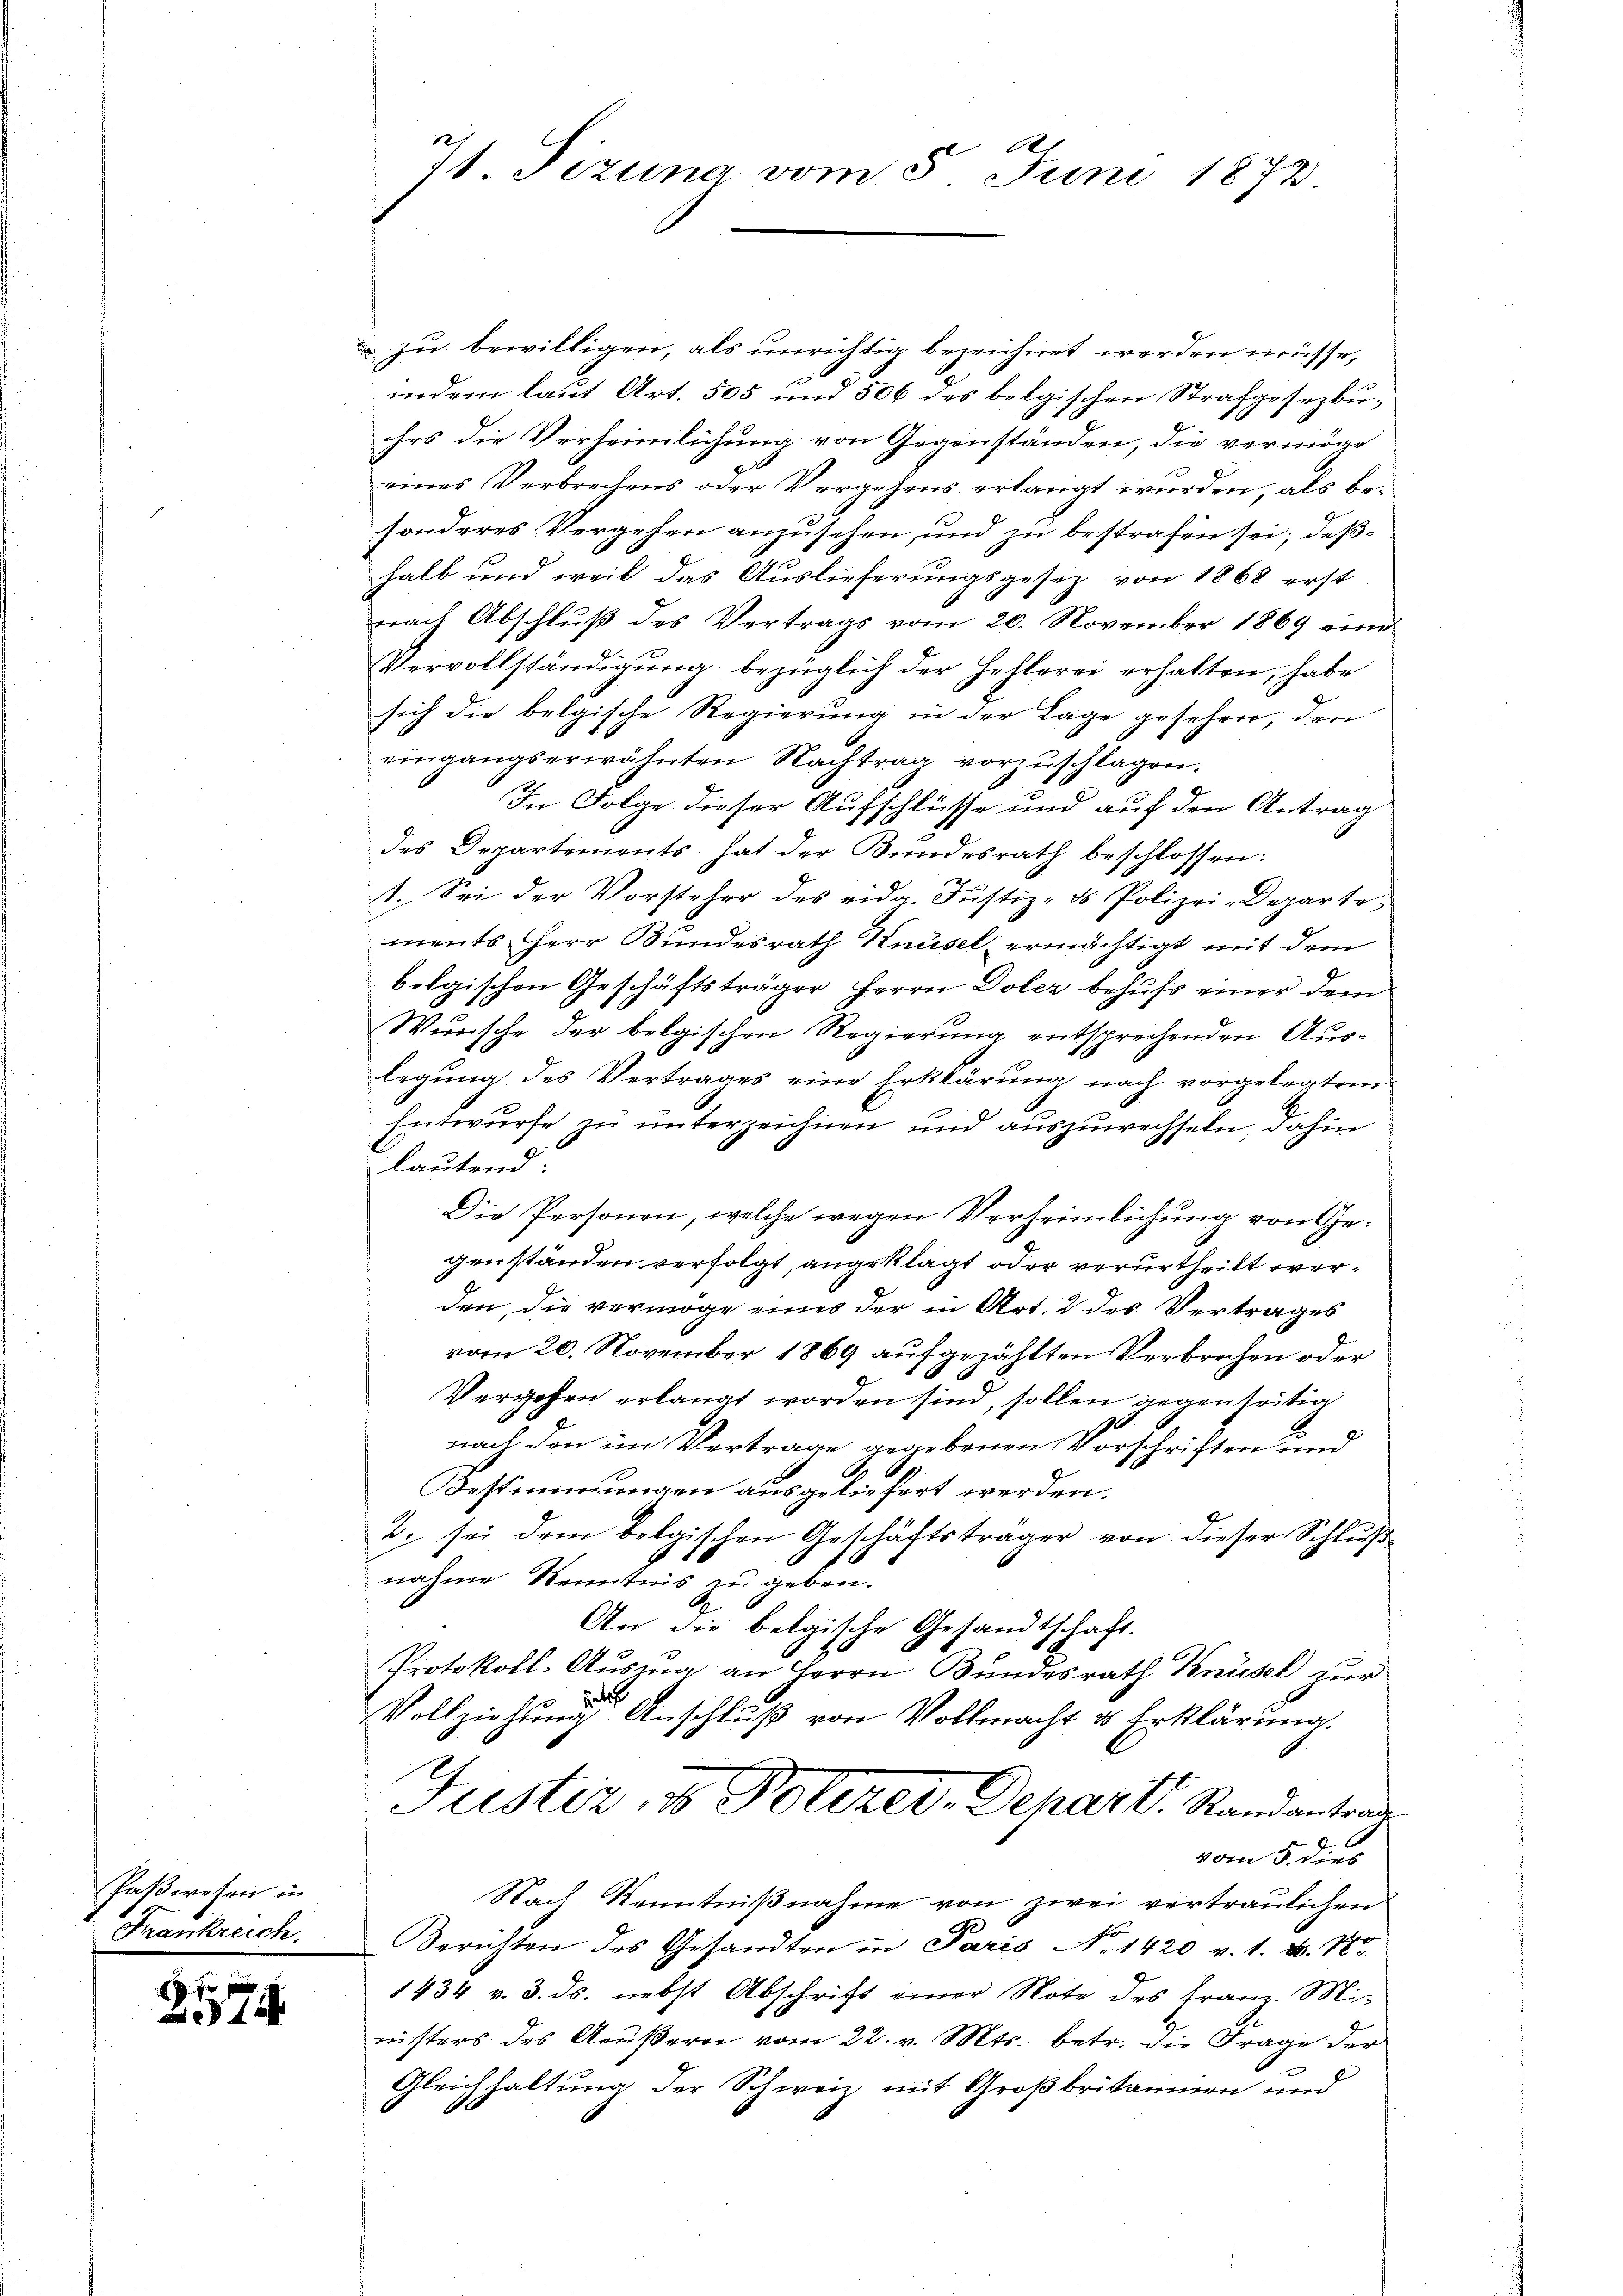
Paßwesen in
Frankreich

70 f
1

71. Tizuna vom 5. Juni 1873

zu bewilligen, als unrichtig bezeichnet werden müsse,
indem laut Art. 505 und 506 des belgischen Strafgesezbuihrs die Verheimlichung von Gegenständen, die vermöge
eines Verbrechens oder Vergehens erlangt wurden, als besonderes Vergehen anzusehen, und zu bestrafen sei; deßhalb und weil das Auslieferungsgesetz von 1868 erst
nach Abschluß des Vertrags vom 20. November 1869 einen
Vervollständigung bezüglich der Hehlerei erhalten, habe
sich die belgische Regierung in der Lage gesehen, den
eingangserwähnten Nachtrag vorzuschlagen.
In Folge dieser Aufschlüsse und auf den Antrag
des Departements hat der Bundesrath beschlossen:
1. Sei der Vorsteher des eidg. Justiz- & Polizei-Departements Herr Bundesrath Knüsel ermächtigt mit dem
bolgischen Geschäftsträger Herrn Doler behufs einer dem
Wunsche der belgischen Regierung entsprechenden Auslegung des Vertrages eine Erklärung nach vorgelegten
Entwurfe zu unterzeichnen und auszuwechseln, dahin
lautend
Die Personen, welche wegen Verheimlichung von Gegenständen verfolgt, angeklagt oder verurtheilt werden, die vermöge eines der in Art. 2 des Vertrages
vom 20. November 1869 aufgezählten Verbrechen oder
Vergehen erlangt worden sind, sollen gegenseitig
nach den im Vertrage gegebenen Vorschriften und
Bestimmungen ausgeliefert werden.
2. sei dem belgischen Geschäftsträger von dieser Schluß
nahme Kenntnis zu geben.
An die belgische Gesandtschaft.
x
Protokoll-Auszug an Herrn Bundesrath Knüsel zur
Vollziehung Anschluß von Vollmacht & Erklärung.
Justiz, u. Polizer, Depart. Randantrag
vom 5. dies
Nach Kenntnißnahme von zwei vertraulichen
Berichten des Gesandten in Paris No 1420 v. 1. d. M.
1434 v. 3. ds. nebst Abschrift einer Note des Franz-Mi-
nisters des Aeußern vom 22. v. Mts. betr. die Frage der
Gleichhaltung der Schweiz mit Großbritainen und